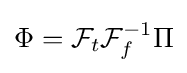
\Phi ={\mathcal {F}}_{t}{\mathcal {F}}_{f}^{-1}\Pi